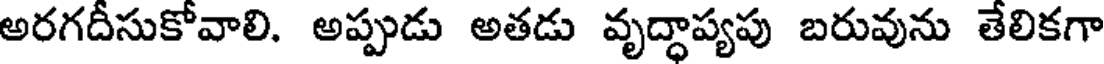
అరగదీసుకోవాలి. అప్పుడు అతడు వృద్ధాప్యపు బరువును తేలికగా